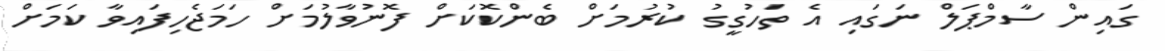
ގައިން ސާމްޕަލް ނަގައި އެ ތަހުގީގު ކުރުމަށް ބެންކޮކަށް ފޮނުވާލުމަށް ހަމަޖެހިފައިވާ ކަމަށް